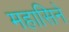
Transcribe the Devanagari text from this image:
महासिने